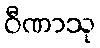
ဝီဏာသု